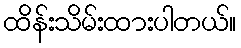
ထိန်းသိမ်းထားပါတယ်။